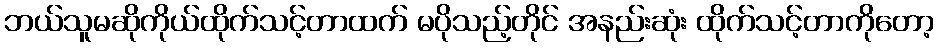
ဘယ်သူမဆိုကိုယ်ထိုက်သင့်တာထက် မပိုသည့်တိုင် အနည်းဆုံး ထိုက်သင့်တာကိုတော့